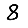
Digit: 8